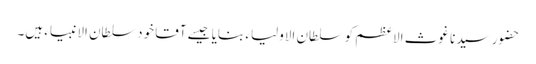
حضور سیدنا غوث الاعظم کو سلطان الاولیاء بنایا جیسے آقا خود سلطان الانبیاء ہیں۔